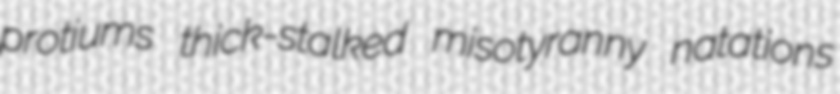
protiums thick-stalked misotyranny natations